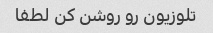
تلوزیون رو روشن کن لطفا